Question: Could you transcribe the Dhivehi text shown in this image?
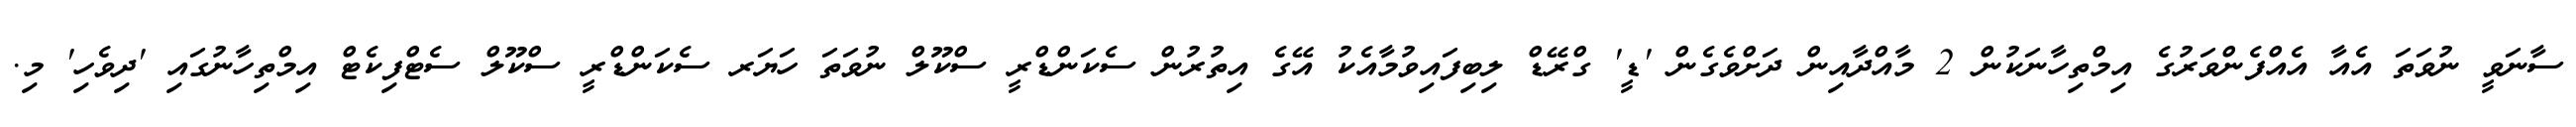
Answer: ސާނަވީ ނުވަތަ އެއާ އެއްފެންވަރުގެ އިމްތިހާނަކުން 2 މާއްދާއިން ދަށްވެގެން 'ޑީ' ގްރޭޑް ލިބިފައިވުމާއެކު އޭގެ އިތުރުން ސެކަންޑްރީ ސްކޫލް ނުވަތަ ހަޔަރ ސެކަންޑްރީ ސްކޫލް ސެޓްފިކެޓް އިމްތިހާނުގައި 'ދިވެހި' މި.